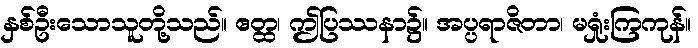
နှစ်ဦးသောသူတို့သည်။ ဧတ္ထ၊ ဤပြဿနာ၌။ အပ္ပရာဇိတာ၊ မရှုံးကြကုန်။